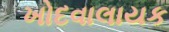
ખોદવાલાયક